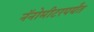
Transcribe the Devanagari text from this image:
नॅनोमीटरपर्यंत